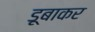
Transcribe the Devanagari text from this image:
डूबाकर